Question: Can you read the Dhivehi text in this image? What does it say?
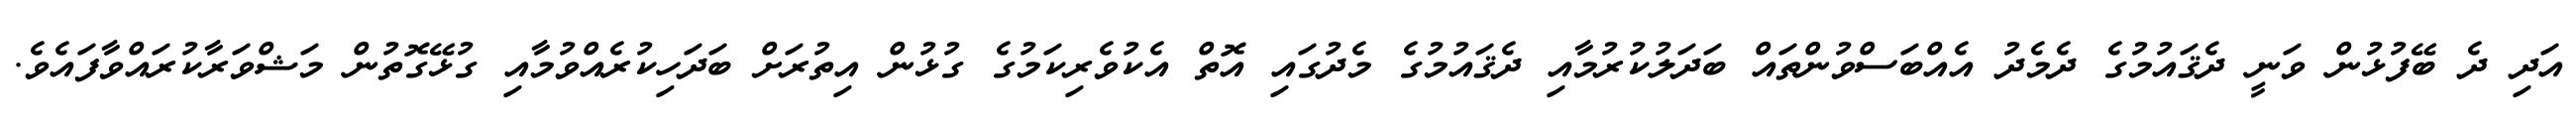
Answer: އަދި ދެ ބޭފުޅުން ވަނީ ދެޤައުމުގެ ދެމެދު އެއްބަސްވުންތައް ބަދަލުކުރުމާއި ދެޤައުމުގެ މެދުގައި އޮތް އެކުވެރިކަމުގެ ގުޅުން އިތުރަށް ބަދަހިކުރެއްވުމާއި ގުޅޭގޮތުން މަޝްވަރާކުރައްވާފައެވެ.